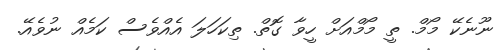
ނޫނެކޭ މޯމް. ތީ މޯމްއަށް ހީވާ ގޮތް. ތިކަހަލަ އެއްވެސް ކަމެއް ނުވެއޭ.